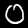
Label: 0